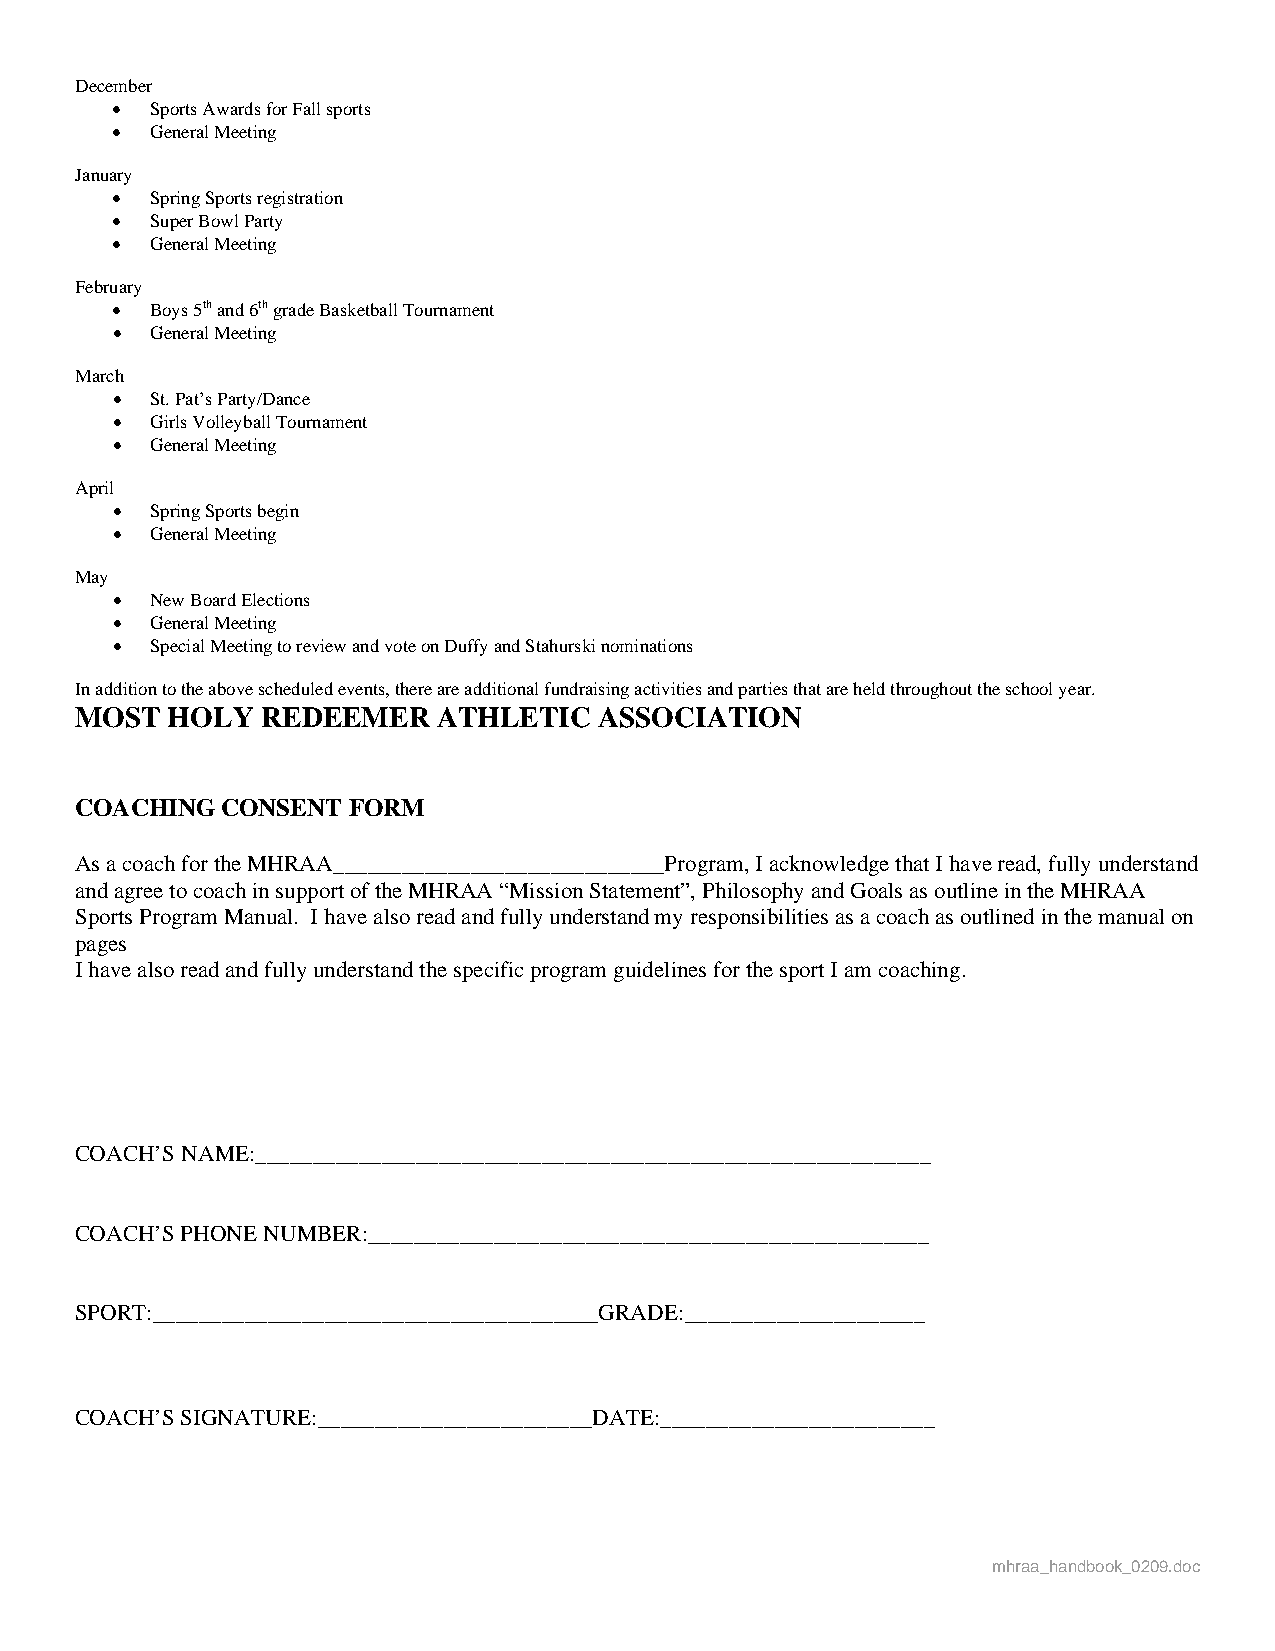
December
   Sports Awards for Fall sports
   General Meeting
 January
   Spring Sports registration
   Super Bowl Party
   General Meeting
 February
   Boys 5th and 6th grade Basketball Tournament
   General Meeting
 March
   St. Pat’s Party/Dance
   Girls Volleyball Tournament
   General Meeting
 April
   Spring Sports begin
   General Meeting
 May
   New Board Elections
   General Meeting
   Special Meeting to review and vote on Duffy and Stahurski nominations
 In addition to the above scheduled events, there are additional fundraising activities and parties that are held throughout the school year.
 MOST  HOLY  REDEEMER    ATHLETIC   ASSOCIATION
 COACHING  CONSENT FORM
 As a coach for the MHRAA_____________________________Program, I acknowledge that I have read, fully understand
 and agree to coach in support of the MHRAA “Mission Statement”, Philosophy and Goals as outline in the MHRAA
 Sports Program Manual. I have also read and fully understand my responsibilities as a coach as outlined in the manual on
 pages
 I have also read and fully understand the specific program guidelines for the sport I am coaching.
 COACH’S NAME:___________________________________________________________
 COACH’S PHONE NUMBER:_________________________________________________
 SPORT:_______________________________________GRADE:_____________________
 COACH’S SIGNATURE:________________________DATE:________________________
 mhraa_handbook_0209.doc